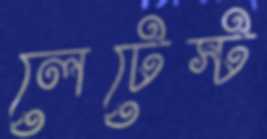
লেটেস্ট